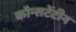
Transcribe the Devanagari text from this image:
कॉन्सटेंटीन